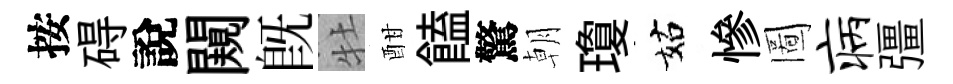
按碍說闚既牡酣饁驚朝瓊姑慘圖病彊